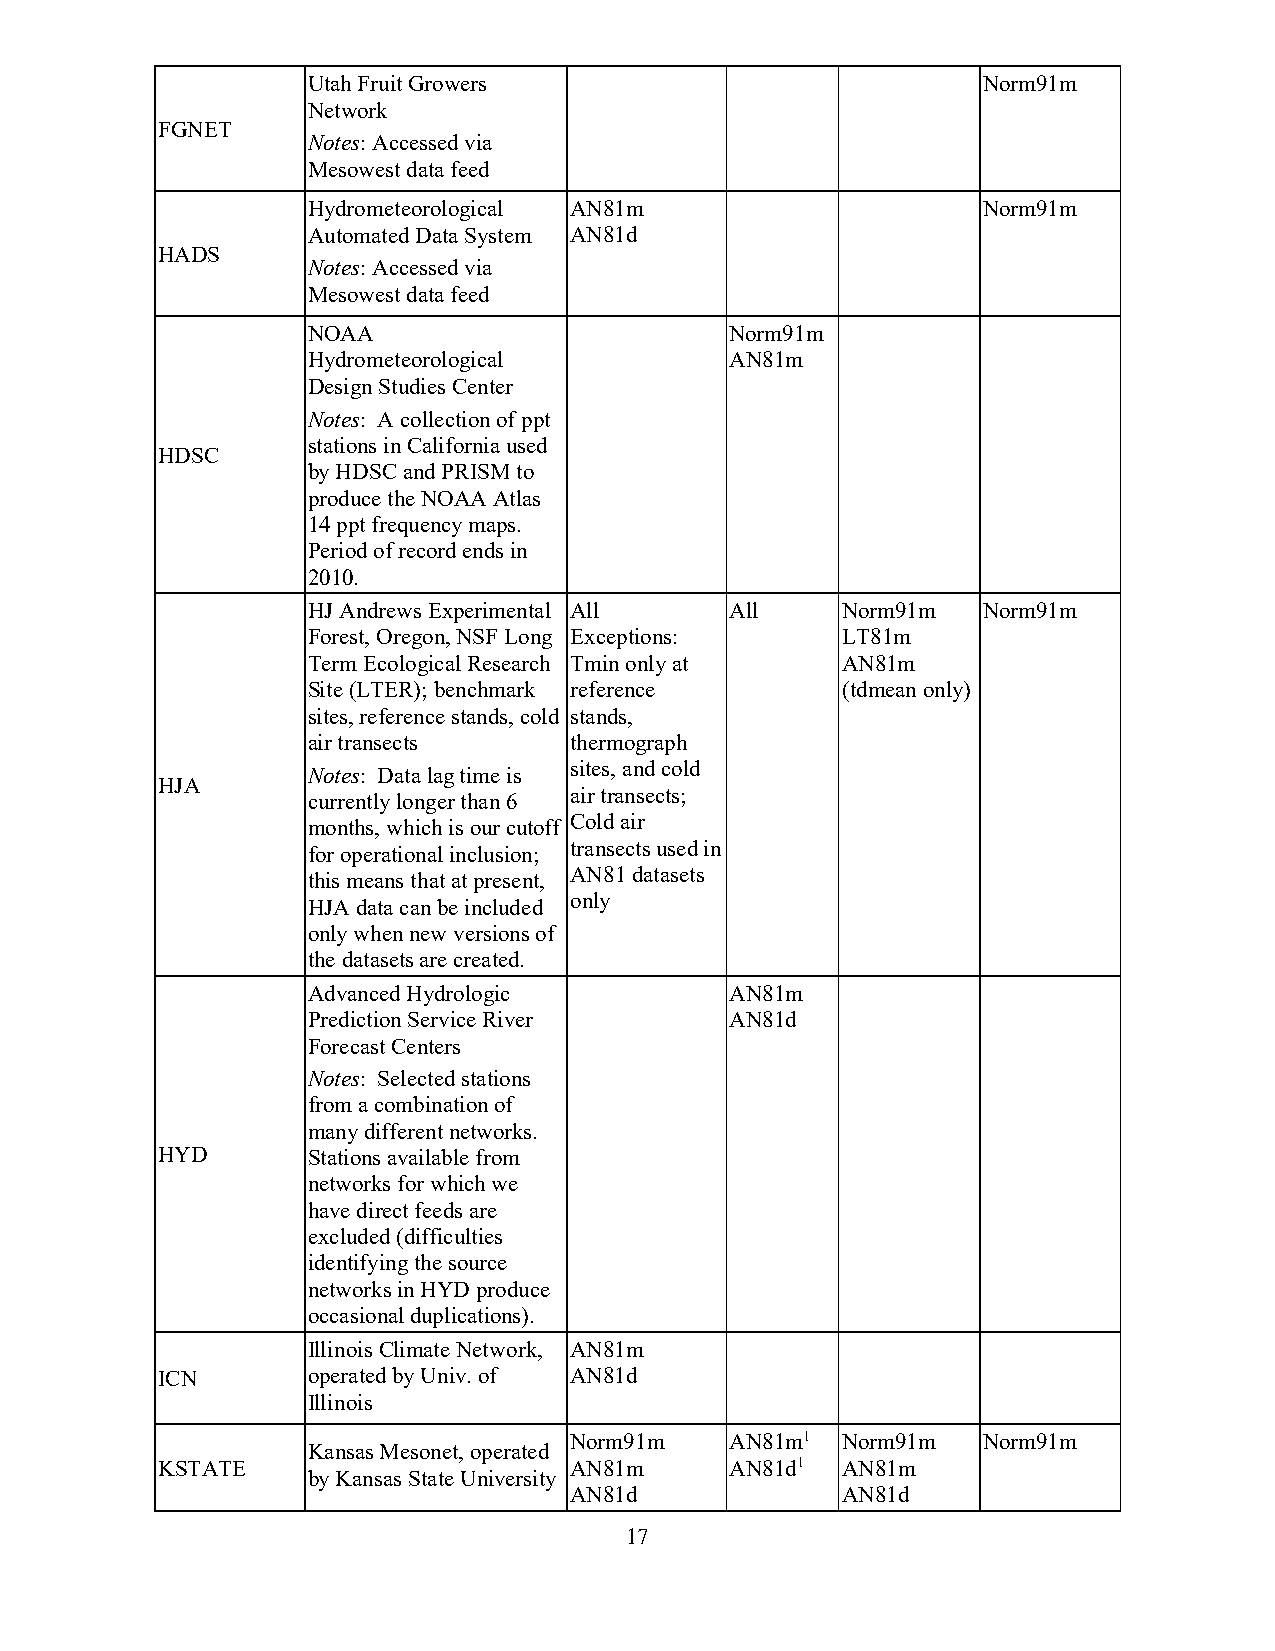
Utah Fruit Growers                           Norm91m
 Network
 FGNET
 Notes: Accessed via
 Mesowest data feed
 Hydrometeorological AN81m                    Norm91m
 Automated Data System AN81d
 HADS
 Notes: Accessed via
 Mesowest data feed
 NOAA                        Norm91m
 Hydrometeorological         AN81m
 Design Studies Center
 Notes: A collection of ppt
 stations in California used
 HDSC
 by HDSC and PRISM to
 produce the NOAA Atlas
 14 ppt frequency maps.
 Period of record ends in
 2010.
 HJ Andrews Experimental All All     Norm91m  Norm91m
 Forest, Oregon, NSF Long Exceptions: LT81m
 Term Ecological Research Tmin only at AN81m
 Site (LTER); benchmark reference    (tdmean only)
 sites, reference stands, cold stands,
 air transects     thermograph
 sites, and cold
 Notes: Data lag time is
 HJA
 air transects;
 currently longer than 6
 months, which is our cutoff Cold air
 for operational inclusion; transects used in
 this means that at present, AN81 datasets
 HJA data can be included only
 only when new versions of
 the datasets are created.
 Advanced Hydrologic         AN81m
 Prediction Service River    AN81d
 Forecast Centers
 Notes: Selected stations
 from a combination of
 many different networks.
 HYD       Stations available from
 networks for which we
 have direct feeds are
 excluded (difficulties
 identifying the source
 networks in HYD produce
 occasional duplications).
 Illinois Climate Network, AN81m
 ICN       operated by Univ. of AN81d
 Illinois
 Norm91m   AN81m1  Norm91m  Norm91m
 Kansas Mesonet, operated
 KSTATE                      AN81m     AN81d1  AN81m
 by Kansas State University
 AN81d             AN81d
 17